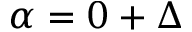
\alpha = 0 + \Delta